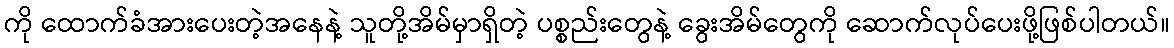
ကို ထောက်ခံအားပေးတဲ့အနေနဲ့ သူတို့အိမ်မှာရှိတဲ့ ပစ္စည်းတွေနဲ့ ခွေးအိမ်တွေကို ဆောက်လုပ်ပေးဖို့ဖြစ်ပါတယ်။